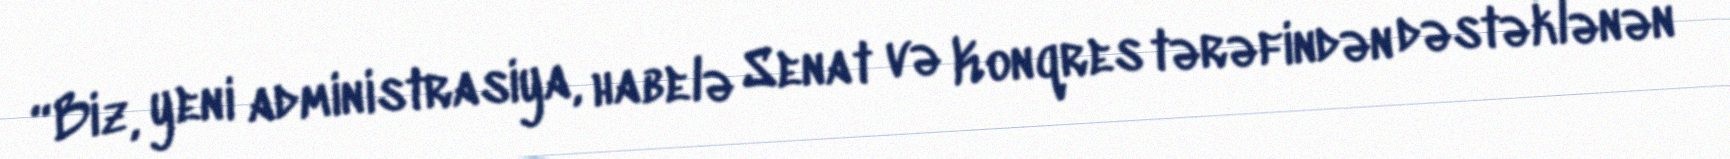
“Biz, yeni administrasiya, habelə Senat və Konqres tərəfindən dəstəklənən